65_HS1-834228961_62-HQ-83894_Section_1
Agency: FBI
Page 48
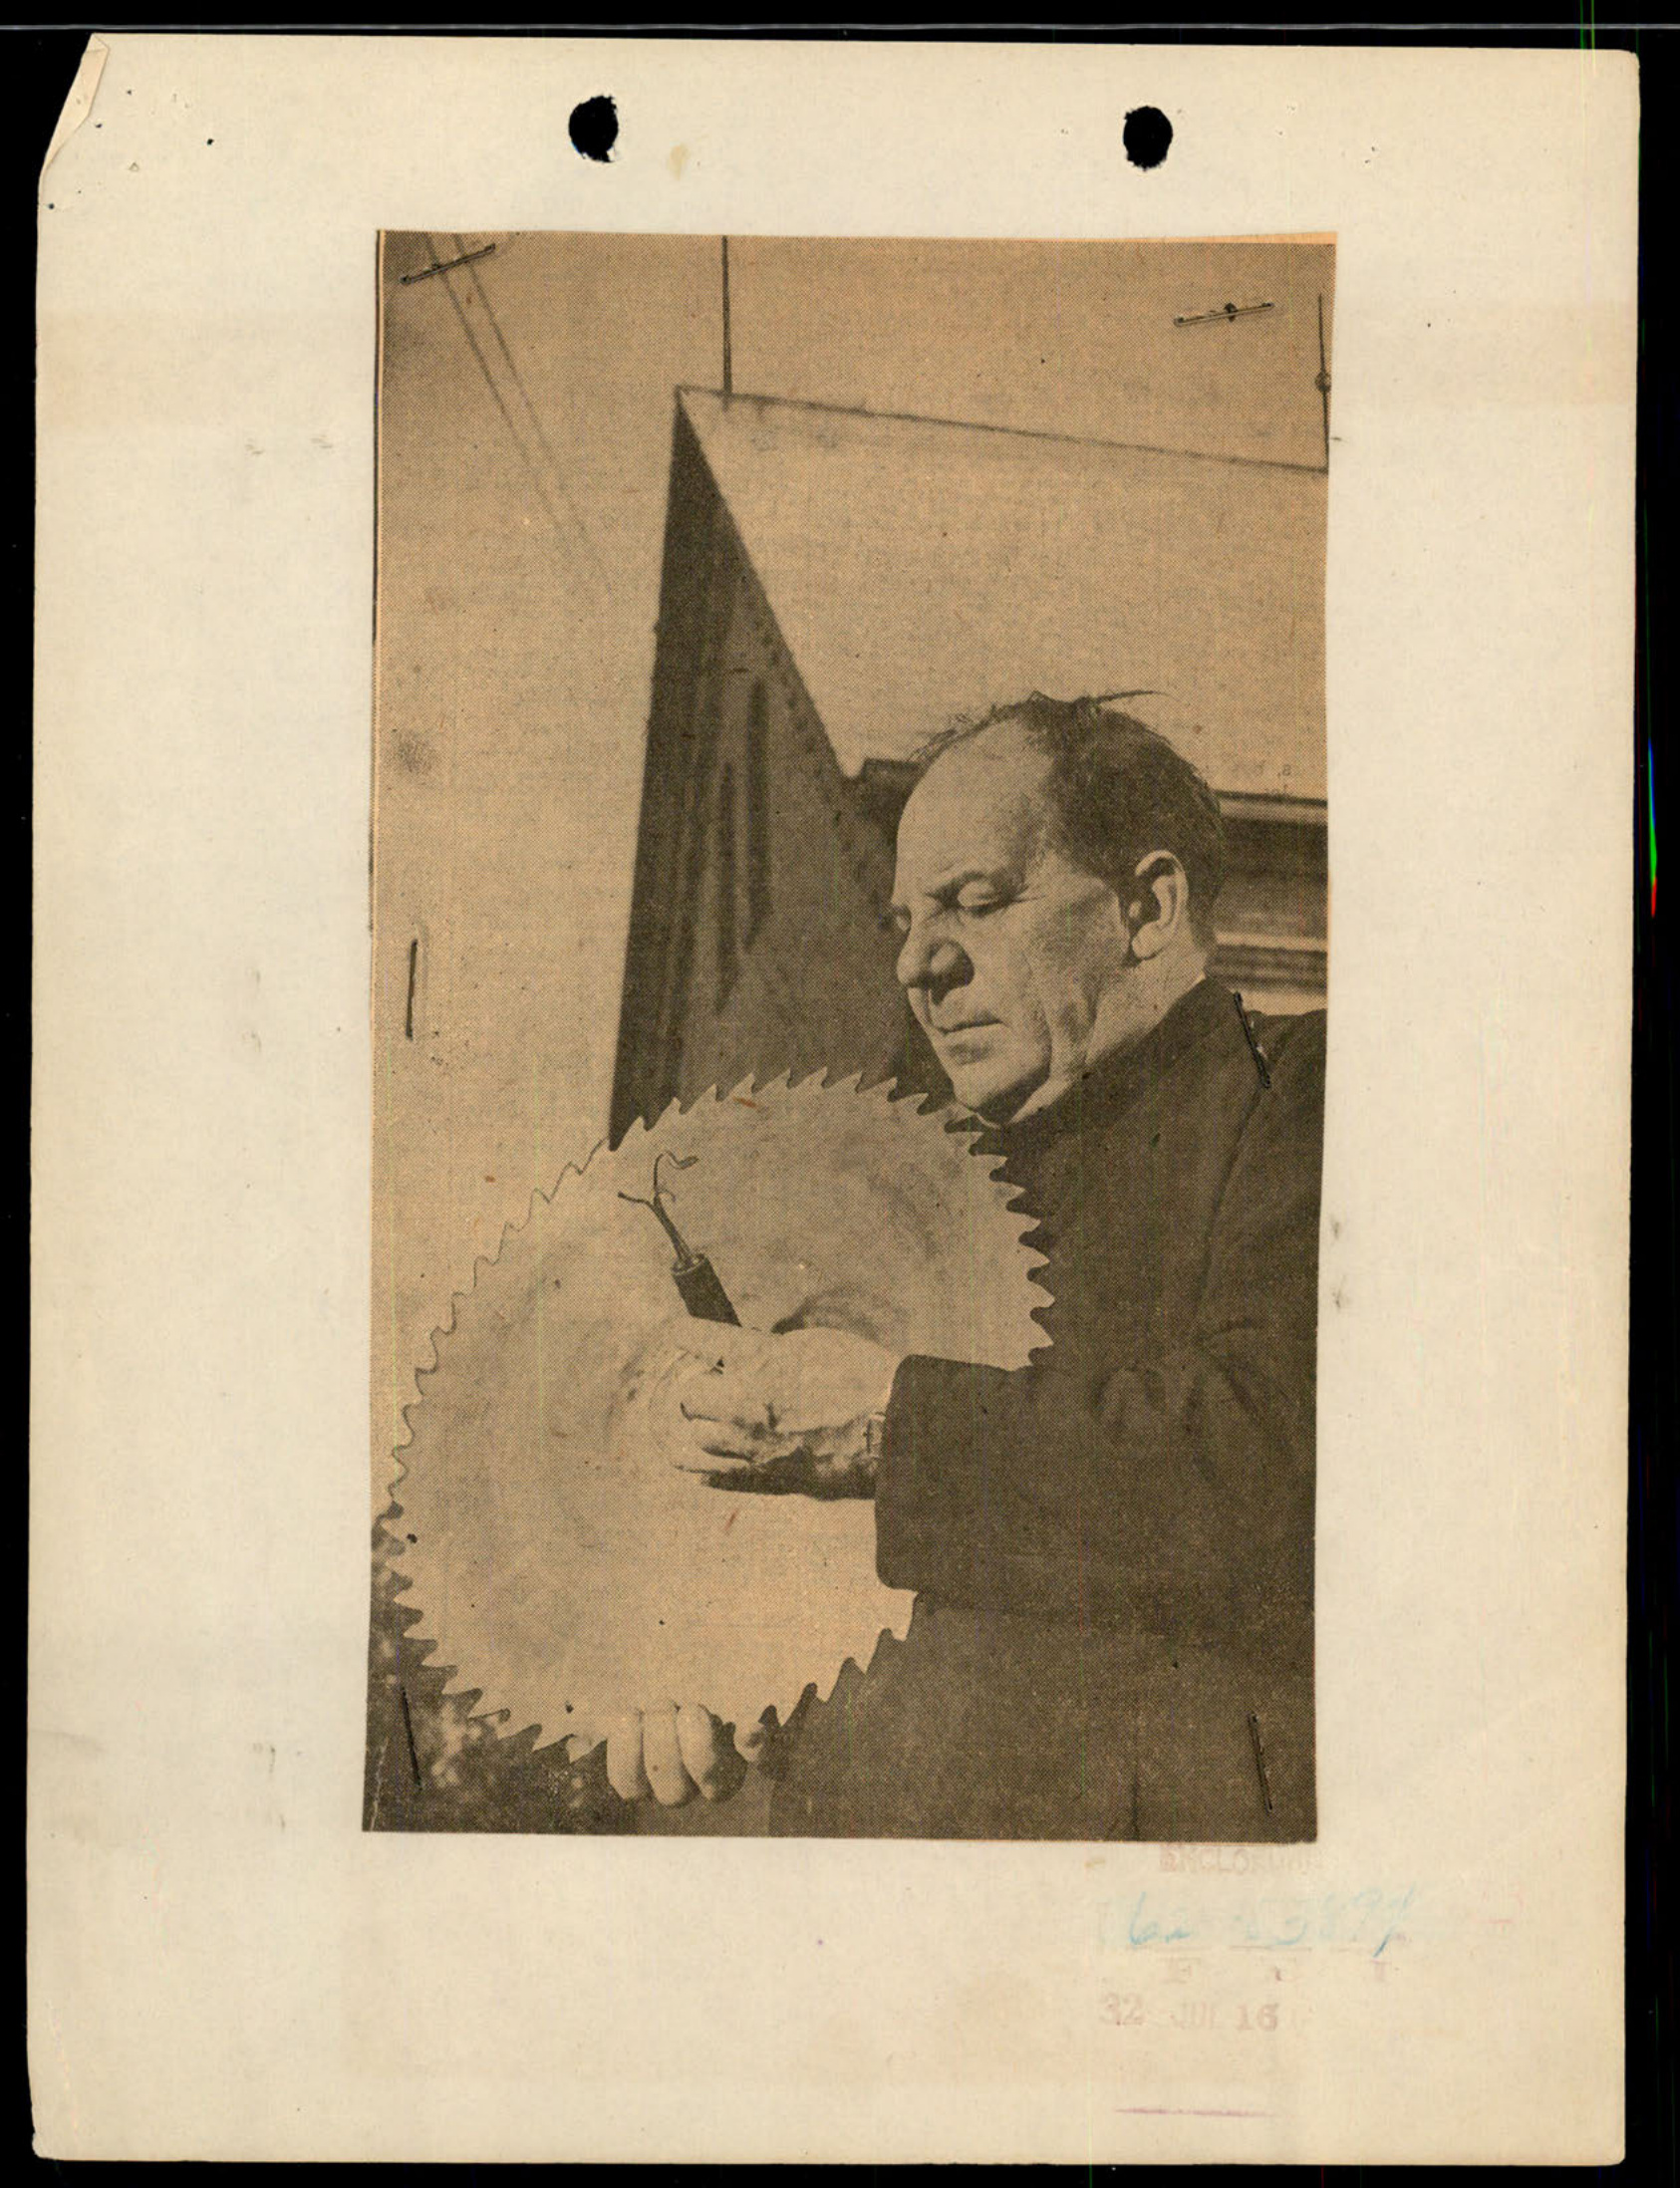